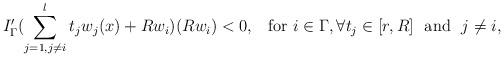
LaTeX: \begin{align*} I_{\Gamma}'(\sum_{j=1, j\neq i}^{l}t_j w_j(x)+Rw_i)(Rw_i)<0, \,\,\,\hbox{ for } i \in \Gamma, \forall t_j\in[r,R]\ \ \hbox{and}\ \ j\neq i,\end{align*}